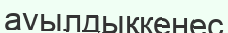
ауылдықкеңес